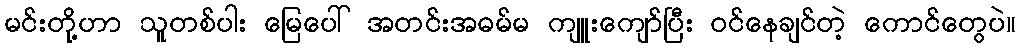
မင်းတို့ဟာ သူတစ်ပါး မြေပေါ် အတင်းအဓမ်မ ကျူးကျော်ပြီး ဝင်နေချင်တဲ့ ကောင်တွေပဲ။